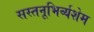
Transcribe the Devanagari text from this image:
सस्तनूभिर्व्यशेम